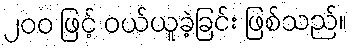
၂၀၀ ဖြင့် ဝယ်ယူခဲ့ခြင်း ဖြစ်သည်။